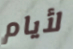
لأيام